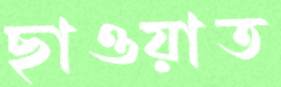
ছাওয়াত